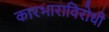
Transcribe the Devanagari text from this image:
कारभाराविरोधी